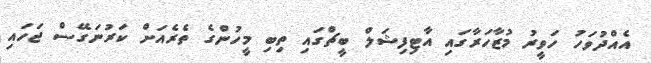
އެއްދުވަހު ހަވީރު މުޒާހަރާގައި އާޓިފިޝަލް ބީޗްގައި ތިބި މީހުންގެ ތެރެއަށް ކަރުނަގޭސް ޖަހައި